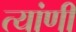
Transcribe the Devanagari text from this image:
त्यांणी